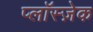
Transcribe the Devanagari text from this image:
प्लाॅस्ज़ेक